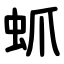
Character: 䖣